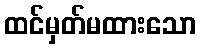
ထင်မှတ်မထားသော